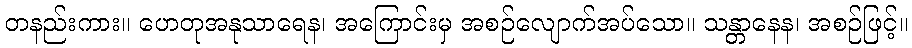
တနည်းကား။ ဟေတုအနုသာရေန၊ အကြောင်းမှ အစဉ်လျောက်အပ်သော။ သန္တာနေန၊ အစဉ်ဖြင့်။